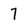
Character: 7